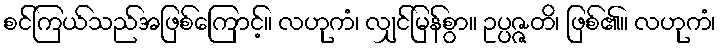
စင်ကြယ်သည်အဖြစ်ကြောင့်။ လဟုကံ၊ လျှင်မြန်စွာ။ ဥပ္ပဇ္ဇတိ၊ ဖြစ်၏။ လဟုကံ၊